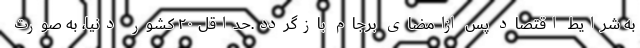
به شرایط اقتصاد پس ازامضای برجام بازگردد.حداقل ۲۰ کشور دنیا، به صورت